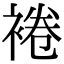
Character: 裷